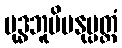
ဗုဒ္ဓဘူမိမနုပ္ပတ္တံ